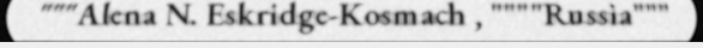
"""Alena N. Eskridge-Kosmach , """"Russia"""